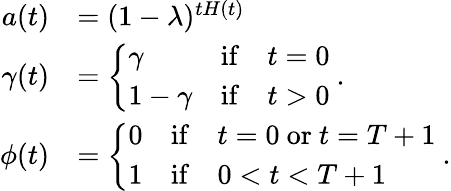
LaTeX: \begin{array}{r}{\begin{array}{rl}{a(t)}&{=(1-\lambda)^{tH(t)}}\\ {\gamma(t)}&{=\left\{ \begin{array}{ll}{\gamma}&{\mathrm{if}\quad t=0}\\ {1-\gamma}&{\mathrm{if}\quad t>0}\end{array}\right.\ .}\\ {\phi(t)}&{=\left\{ \begin{array}{ll}{0}&{\mathrm{if}\quad t=0\ \mathrm{or}\ t=T+1}\\ {1}&{\mathrm{if}\quad 0<t<T+1}\end{array}\right.\ .}\end{array}}\end{array}